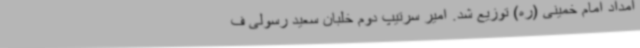
امداد امام خمینی (ره) توزیع شد. امیر سرتیپ دوم خلبان سعید رسولی ف